Report on the lunatic asylums under the Government of Bombay - 1904-1913
Year: 1904
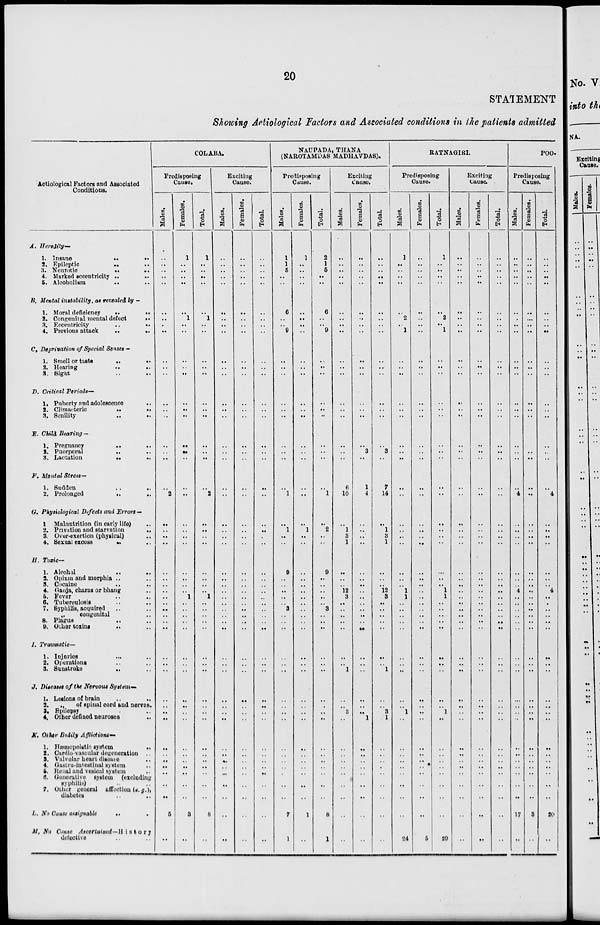
20
STATEMENT
Showing Aetiological Factors and Associated conditions in the patients admitted
Aetiological Factors and Associated
Conditions.
A.
B.
C.
D.
E.
F.
G.
H.
I.
J.
K.
L.
M.
Heredity—
1. Insane
..
..
2. Epileptic
.. ..
3. Neurotic
..
..
4. Marked eccentricity .. ..
5. Alcoholism
..
Mental instability, as revealed by —
1. Moral deficiency
..
..
2. Congenital mental defect
..
3. Eccentricity
..
..
4. Previous attack
..
..
Deprivation of Special Senses—
1. Smell or taste
..
..
2. Hearing .. ..
3. Sight .. ..
Critical Periods—
1. Puberty and adolescence ..
2. Climacteric .. ..
3. Senility
..
..
Child Bearing —
1. Pregnancy
..
..
2. Puerperal
..
..
3. Lactation .. ..
Mental Stress—
1. Sudden
..
..
2. Prolonged
..
..
Physiological Defects and Errors—
1. Malnutrition (in early life) ..
2. Privation and starvation
..
3. Over-exertion (physical) ..
4. Sexual excess
..
..
Toxic—
1. Alcohol
..
..
2. Opium and morphia .. ..
3. Cocaine .. ..
4. Ganja, charas or bhang ..
5. Fever .. ..
6. Tuberculosis .. ..
7. Syphilis, acquired .. ..
„
congenital ..
8. Plague .. ..
9. Other toxins
..
..
Traumatic—
1. Injuries .. ..
2. Operations .. ..
3. Sunstroke .. ..
Diseases of the Nervous System—
1. Lesions of brain .. ..
2.
„
of spinal cord and nerves.
3. Epilepsy ..
4. Other defined neuroses ..
Other Bodily Afflictions—
1. Hæmopoietic system
..
2. Cardio-vascular degeneration ..
3. Valvular heart disease ..
4. Gastro-intestinal system ..
5. Renal and vesical system ..
6. Generative system (excluding
syphilis) .. ..
7. Other general affection (e. g.),
diabetes .. ..
No Cause assignable .. ..
No Cause
Ascertained—History
defective .. ..
COLABA.
Predisposing
Cause.
Males.
..
..
..
..
..
..
..
..
..
..
..
..
..
..
..
..
..
..
..
2
..
..
..
..
..
..
..
..
..
..
..
..
..
..
..
..
..
..
..
..
..
..
..
..
..
..
..
..
5
..
Females.
1
..
..
..
..
..
1
..
..
..
..
..
..
..
..
..
..
..
..
..
..
..
..
..
..
..
..
..
1
..
..
..
..
..
..
..
..
..
..
..
..
..
..
..
..
..
..
..
3
..
Total.
1
..
..
..
..
..
1
..
..
..
..
..
..
..
..
..
..
..
..
2
..
..
..
..
..
..
..
..
1
..
..
..
..
..
..
..
..
..
..
..
..
..
..
..
..
..
..
..
8
..
Exciting
Cause.
Males.
..
..
..
..
..
..
..
..
..
..
..
..
..
..
..
..
..
..
..
..
..
..
..
..
..
..
..
..
..
..
..
..
..
..
..
..
..
..
..
..
..
..
..
..
..
..
..
..
..
..
Females.
..
..
..
..
..
..
..
..
..
..
..
..
..
..
..
..
..
..
..
..
..
..
..
..
..
..
..
..
..
..
..
..
..
..
..
..
..
..
..
..
..
..
..
..
..
..
..
..
..
..
Total.
..
..
..
..
..
..
..
..
..
..
..
..
..
..
..
..
..
..
..
..
..
..
..
..
..
..
..
..
..
..
...
..
..
..
..
..
..
..
..
..
..
..
..
..
..
..
..
..
..
..
NAUPADA, THANA
(NAROTAMDAS MADHAVDAS).
Predisposing
Cause.
Males.
1
1
5
..
..
6
..
..
9
..
..
..
..
..
..
..
..
..
..
1
..
1
..
..
9
..
..
..
..
..
3
..
..
..
..
..
..
..
..
..
..
..
..
..
..
..
..
..
7
1
Females.
1
..
..
..
..
..
..
..
..
..
..
..
..
..
..
..
..
..
..
..
..
1
..
..
..
..
..
..
..
..
..
..
..
..
..
..
..
..
..
..
..
..
..
..
..
..
..
..
1
..
Total.
2
1
5
..
..
6
..
..
9
..
..
..
..
..
..
..
..
..
..
1
..
2
..
..
9
..
..
..
..
..
3
..
..
..
..
..
..
..
..
..
..
..
..
..
..
..
..
..
8
1
Exciting
Cause.
Males.
..
..
..
..
..
..
..
..
..
..
..
..
..
..
..
..
..
..
6
10
..
1
3
1
..
..
..
12
3
..
..
..
..
..
..
..
1
..
..
3
..
..
..
..
..
..
..
..
..
..
Females.
..
..
..
..
..
..
..
..
..
..
..
..
..
..
..
..
3
..
1
4
..
..
..
..
..
..
..
..
..
..
..
..
..
..
..
..
..
..
..
..
1
..
..
..
..
..
..
..
..
..
Total.
..
..
..
..
..
..
..
..
..
..
..
..
..
..
..
..
3
..
7
14
..
1
3
1
..
..
..
12
3
..
..
..
..
..
..
..
1
..
..
3
1
..
..
..
..
..
..
..
..
..
RATNAGIRI.
Predisposing
Cause.
Males.
1
..
..
..
..
..
2
..
1
..
..
..
..
..
..
..
..
..
..
..
..
..
..
..
..
..
..
1
1
..
..
..
..
..
..
..
..
..
..
1
..
..
..
..
..
..
..
..
..
24
Females.
..
..
..
..
..
..
..
..
..
..
..
..
..
..
..
..
..
..
..
..
..
..
..
..
..
..
..
..
..
..
..
..
..
..
..
..
..
..
..
..
..
..
..
..
..
..
..
..
..
5
Total.
1
..
..
..
..
..
2
..
1
..
..
..
..
..
..
..
..
..
..
..
..
..
..
..
..
..
..
1
1
..
..
..
..
..
..
..
..
..
..
1
..
..
..
..
..
..
..
..
..
29
Exciting
Cause.
Males.
..
..
..
..
..
..
..
..
..
..
..
..
..
..
..
..
..
..
..
..
..
..
..
..
..
..
..
..
..
..
..
..
..
..
..
..
..
..
..
..
..
..
..
..
..
..
..
..
..
Females.
..
..
..
..
..
..
..
..
..
..
..
..
..
..
..
..
..
..
..
..
..
..
..
..
..
..
..
..
..
..
..
..
..
..
..
..
..
..
..
..
..
..
..
..
..
..
..
..
..
..
Total.
..
..
..
..
..
..
..
..
..
..
..
..
..
..
..
..
..
..
..
..
..
..
..
..
..
..
..
..
..
..
..
..
..
..
..
..
..
..
..
..
..
..
..
..
..
..
..
..
..
..
POO-
Predisposing
Cause.
Males.
..
..
..
..
..
..
..
..
..
..
..
..
..
..
..
..
..
..
..
4
..
..
..
..
..
..
..
4
..
..
..
..
..
..
..
..
..
..
..
..
..
..
..
..
..
..
..
..
17
..
Females.
..
..
..
..
..
..
..
..
..
..
..
..
..
..
..
..
..
..
..
..
..
..
..
..
..
..
..
..
..
..
..
..
..
..
..
..
..
..
..
..
..
..
..
..
..
..
..
..
3
..
Total.
..
..
..
..
..
..
..
..
..
..
..
..
..
..
..
..
..
..
..
4
..
..
..
..
..
..
..
4
..
..
..
..
..
..
..
..
..
..
..
..
..
..
..
..
..
..
..
..
20
..